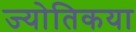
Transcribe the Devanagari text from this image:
ज्‍योतिकया